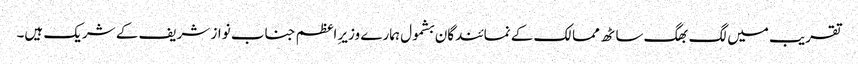
تقریب میں لگ بھگ ساٹھ ممالک کے نمائندگان بشمول ہمارے وزیرِ اعظم جناب نواز شریف کے شریک ہیں۔